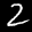
Label: 2